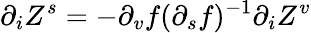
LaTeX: \partial_{i}Z^{s}=-\partial_{v}f(\partial_{s}f)^{-1}\partial_{i}Z^{v}